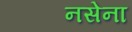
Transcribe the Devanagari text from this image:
नसेना